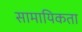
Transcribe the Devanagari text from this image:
सामायिकता